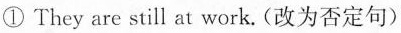
① They are still at work.(改为否定句)